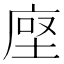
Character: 𫝷